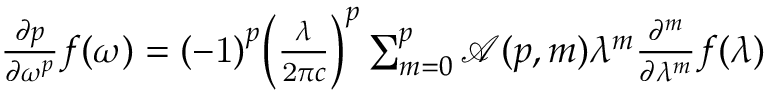
{ \begin{array} { l } { { \frac { \partial { p } } { \partial { \omega } ^ { p } } } f \mathrm { ( } \omega \mathrm { ) } = { \left( \mathrm { - } \mathrm { 1 } \right) } ^ { p } { \left( { \frac { \lambda } { \mathrm { 2 } \pi c } } \right) } ^ { p } \sum _ { m = { 0 } } ^ { p } { { \mathcal { A } } \mathrm { ( } p , m \mathrm { ) } { \lambda } ^ { m } { \frac { { \partial } ^ { m } } { \partial { \lambda } ^ { m } } } f \mathrm { ( } \lambda \mathrm { ) } } } \end{array} }